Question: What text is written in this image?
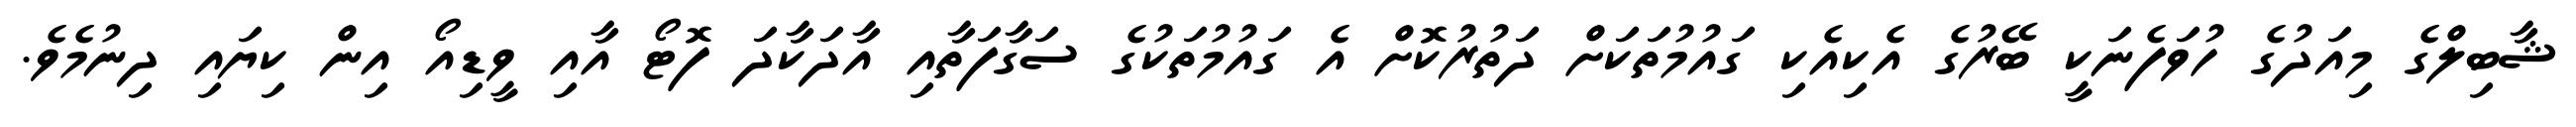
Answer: ޝާބިލްގެ މިއަދުގެ ހުވަފެނަކީ ބޭރުގެ އެކިއެކި ގައުމުތަކަށް ދަތުރުކޮށް އެ ގައުމުތަކުގެ ސަގާފަތާއި އާދަކާދަ ފޮޓޯ އާއި ވީޑިއޯ އިން ކިޔައި ދިނުމެވެ.